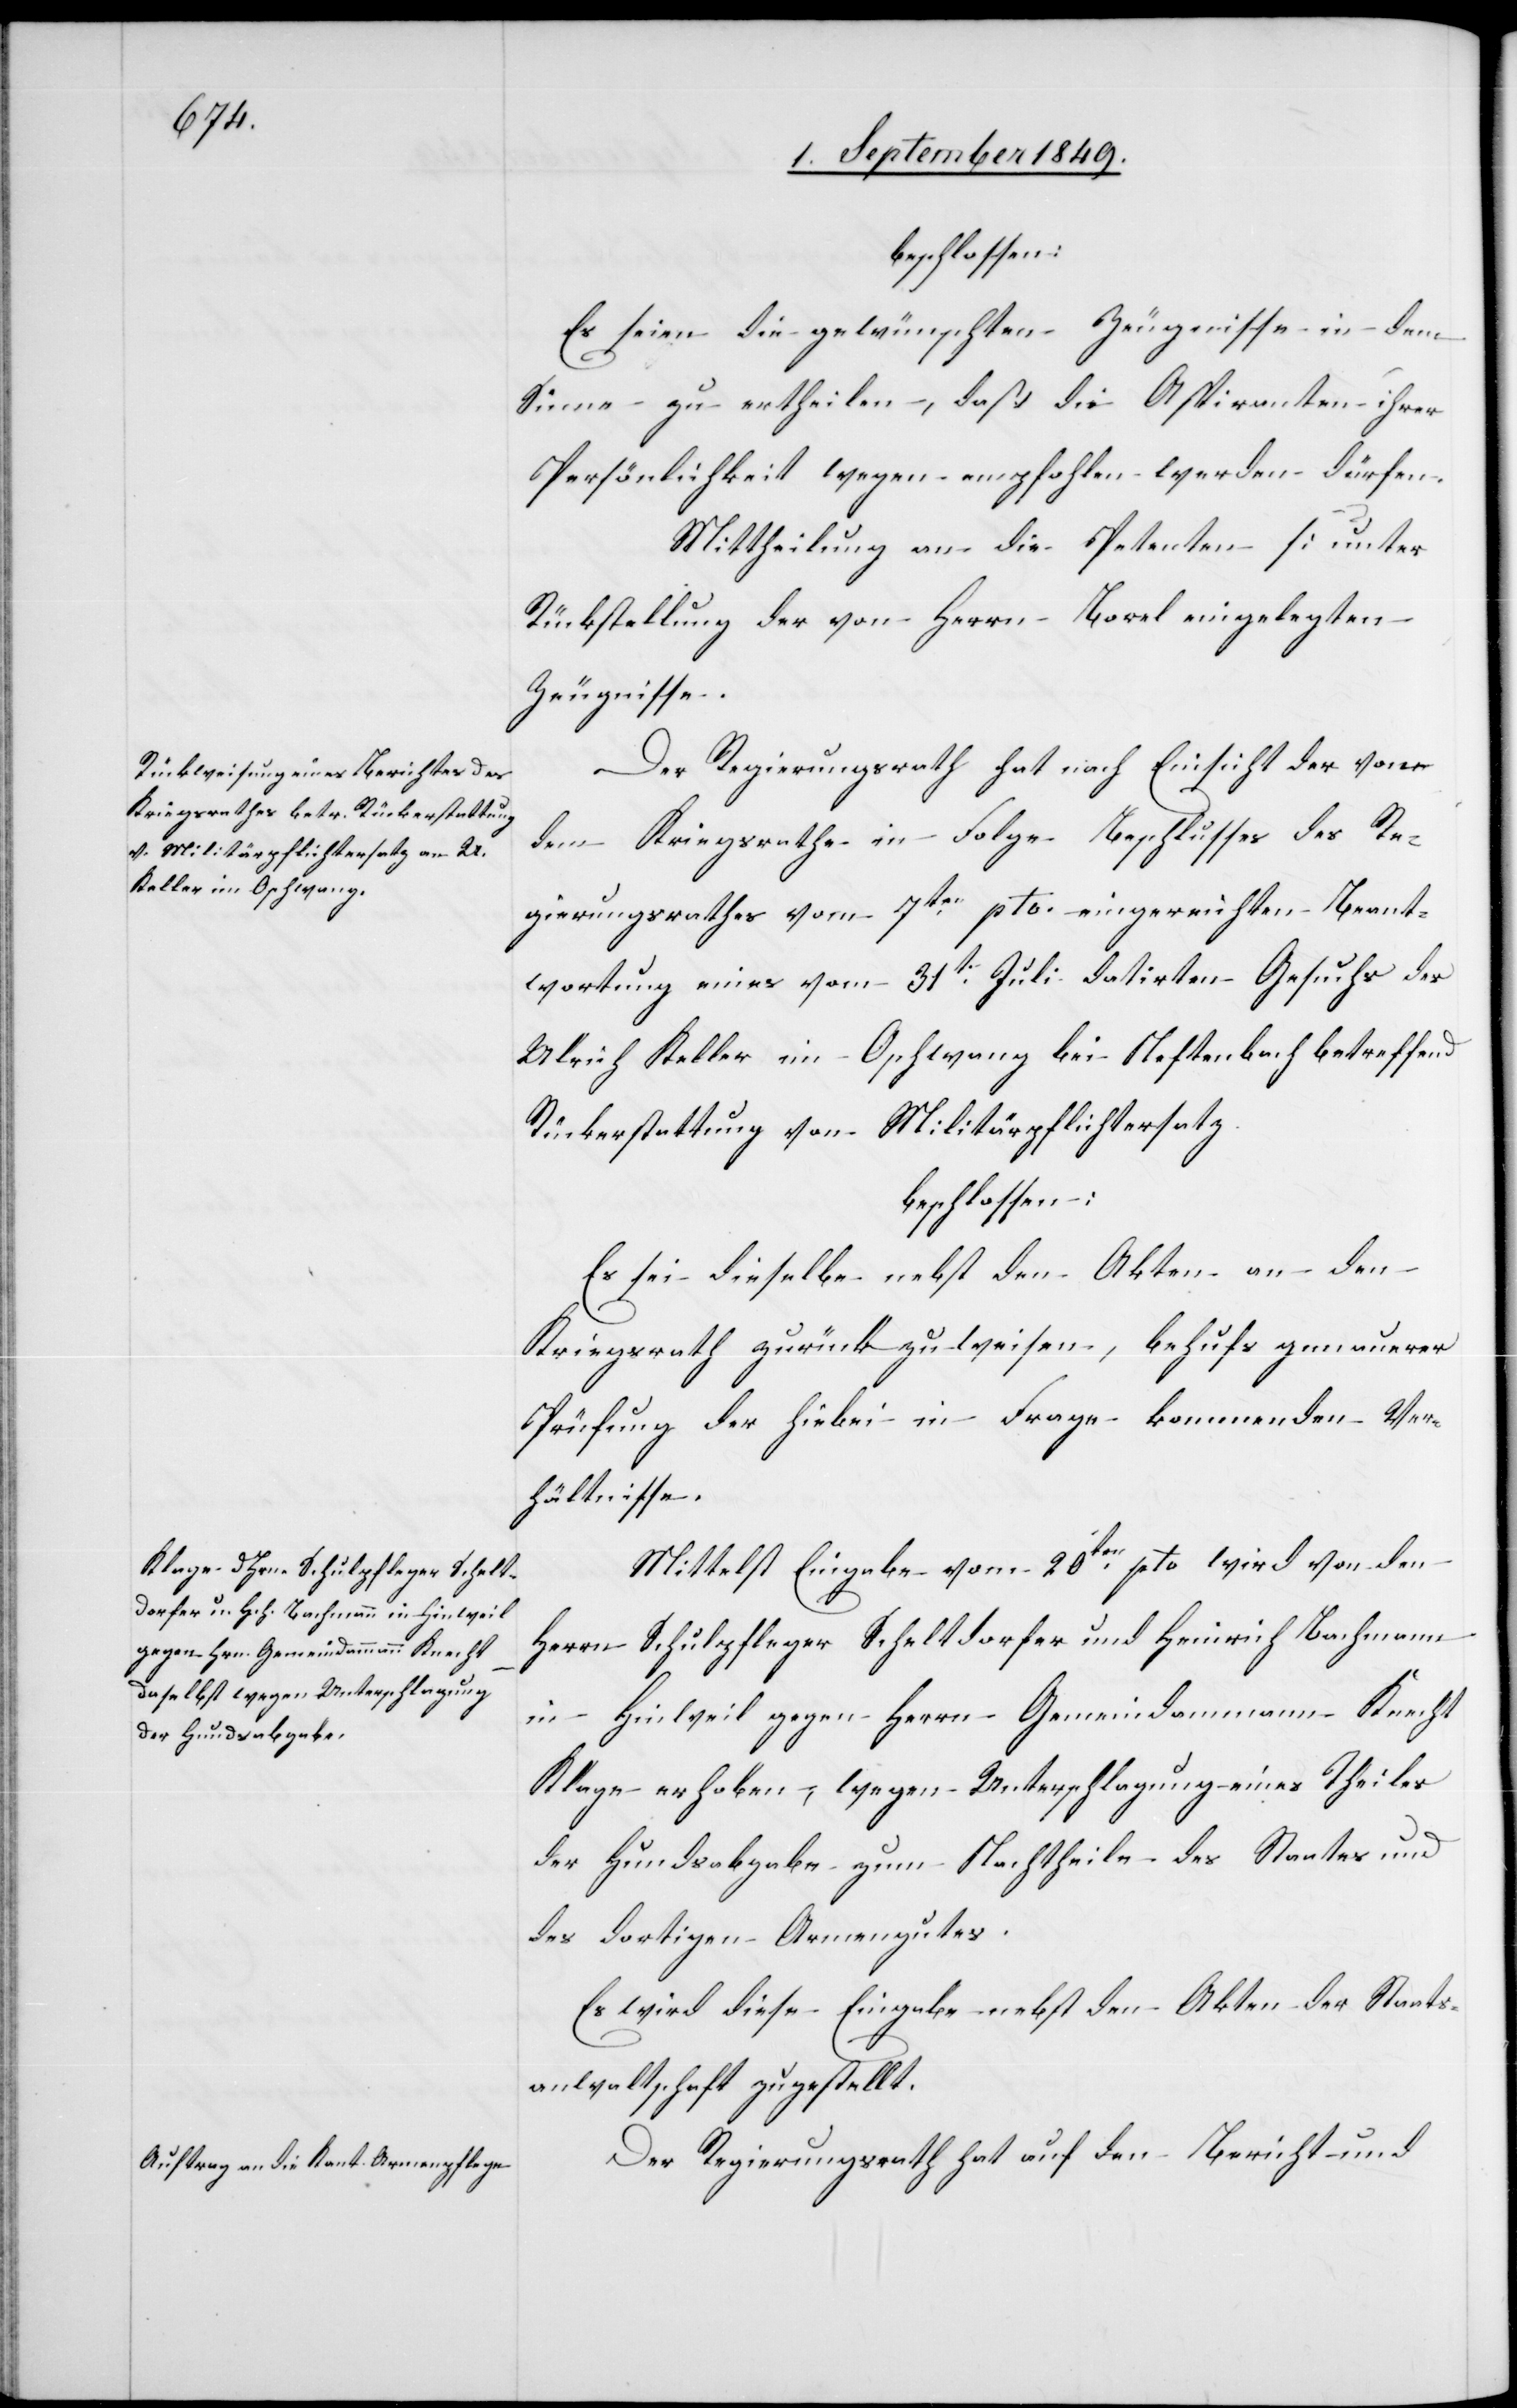
beschlossen:
Es seien die gewünschten Zeugnisse in dem
Sinne zu ertheilen, daß die Aspiranten ihrer
Persönlichkeit wegen empfohlen werden dürfen.
Mittheilung an die Petenten [unter
Rückstellung der von Herrn Borel eingelegten
Der Regierungsrath hat nach Einsicht der vom
dem Kriegsrathe in Folge Beschlusses des Re¬
gierungsrathes vom 7ten pto. eingereichten Beant¬
wortung eines vom 31t Juli datirten Gesuchs des
Ulrich Keller im Oschwang bei Neftenbach betreffend
Rückerstattung von Militärpflichtersatz
beschlossen:
Es sei dieselbe nebst den Akten an den
Kriegsrath zurückzuweisen, behufs genauerer
Prüfung der hiebei in Frage kommenden Ver¬
hältnisse.
Mittelst Eingabe vom 20ten pto. wird von den
Herrn Schulpfleger Scheltdorfer und Heinrich Bachmann
in Hinweil gegen Herrn Gemeindammann Knecht
Klage erhoben, wegen Unterschlagung eines Theiles
der Handsabgabe zum Nachtheile des Staates und
des dortigen Armengutes.
Es wird diese Eingabe nebst den Akten der Staats¬
anwaltschaft zugestellt.
Der Regierungsrath hat auf den Bericht und